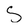
Character: S